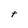
Character: t